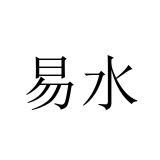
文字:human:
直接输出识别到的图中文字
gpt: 易水